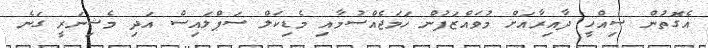
އެގޮތުން ސިއްހީ ދާއިރާއަށް މުވައްޒަފުން ހަމަޖެއްސުމާއި މެޑިކަލް ސަޕްލައިސް އަދި މެޝިނަރީ ގަނެ